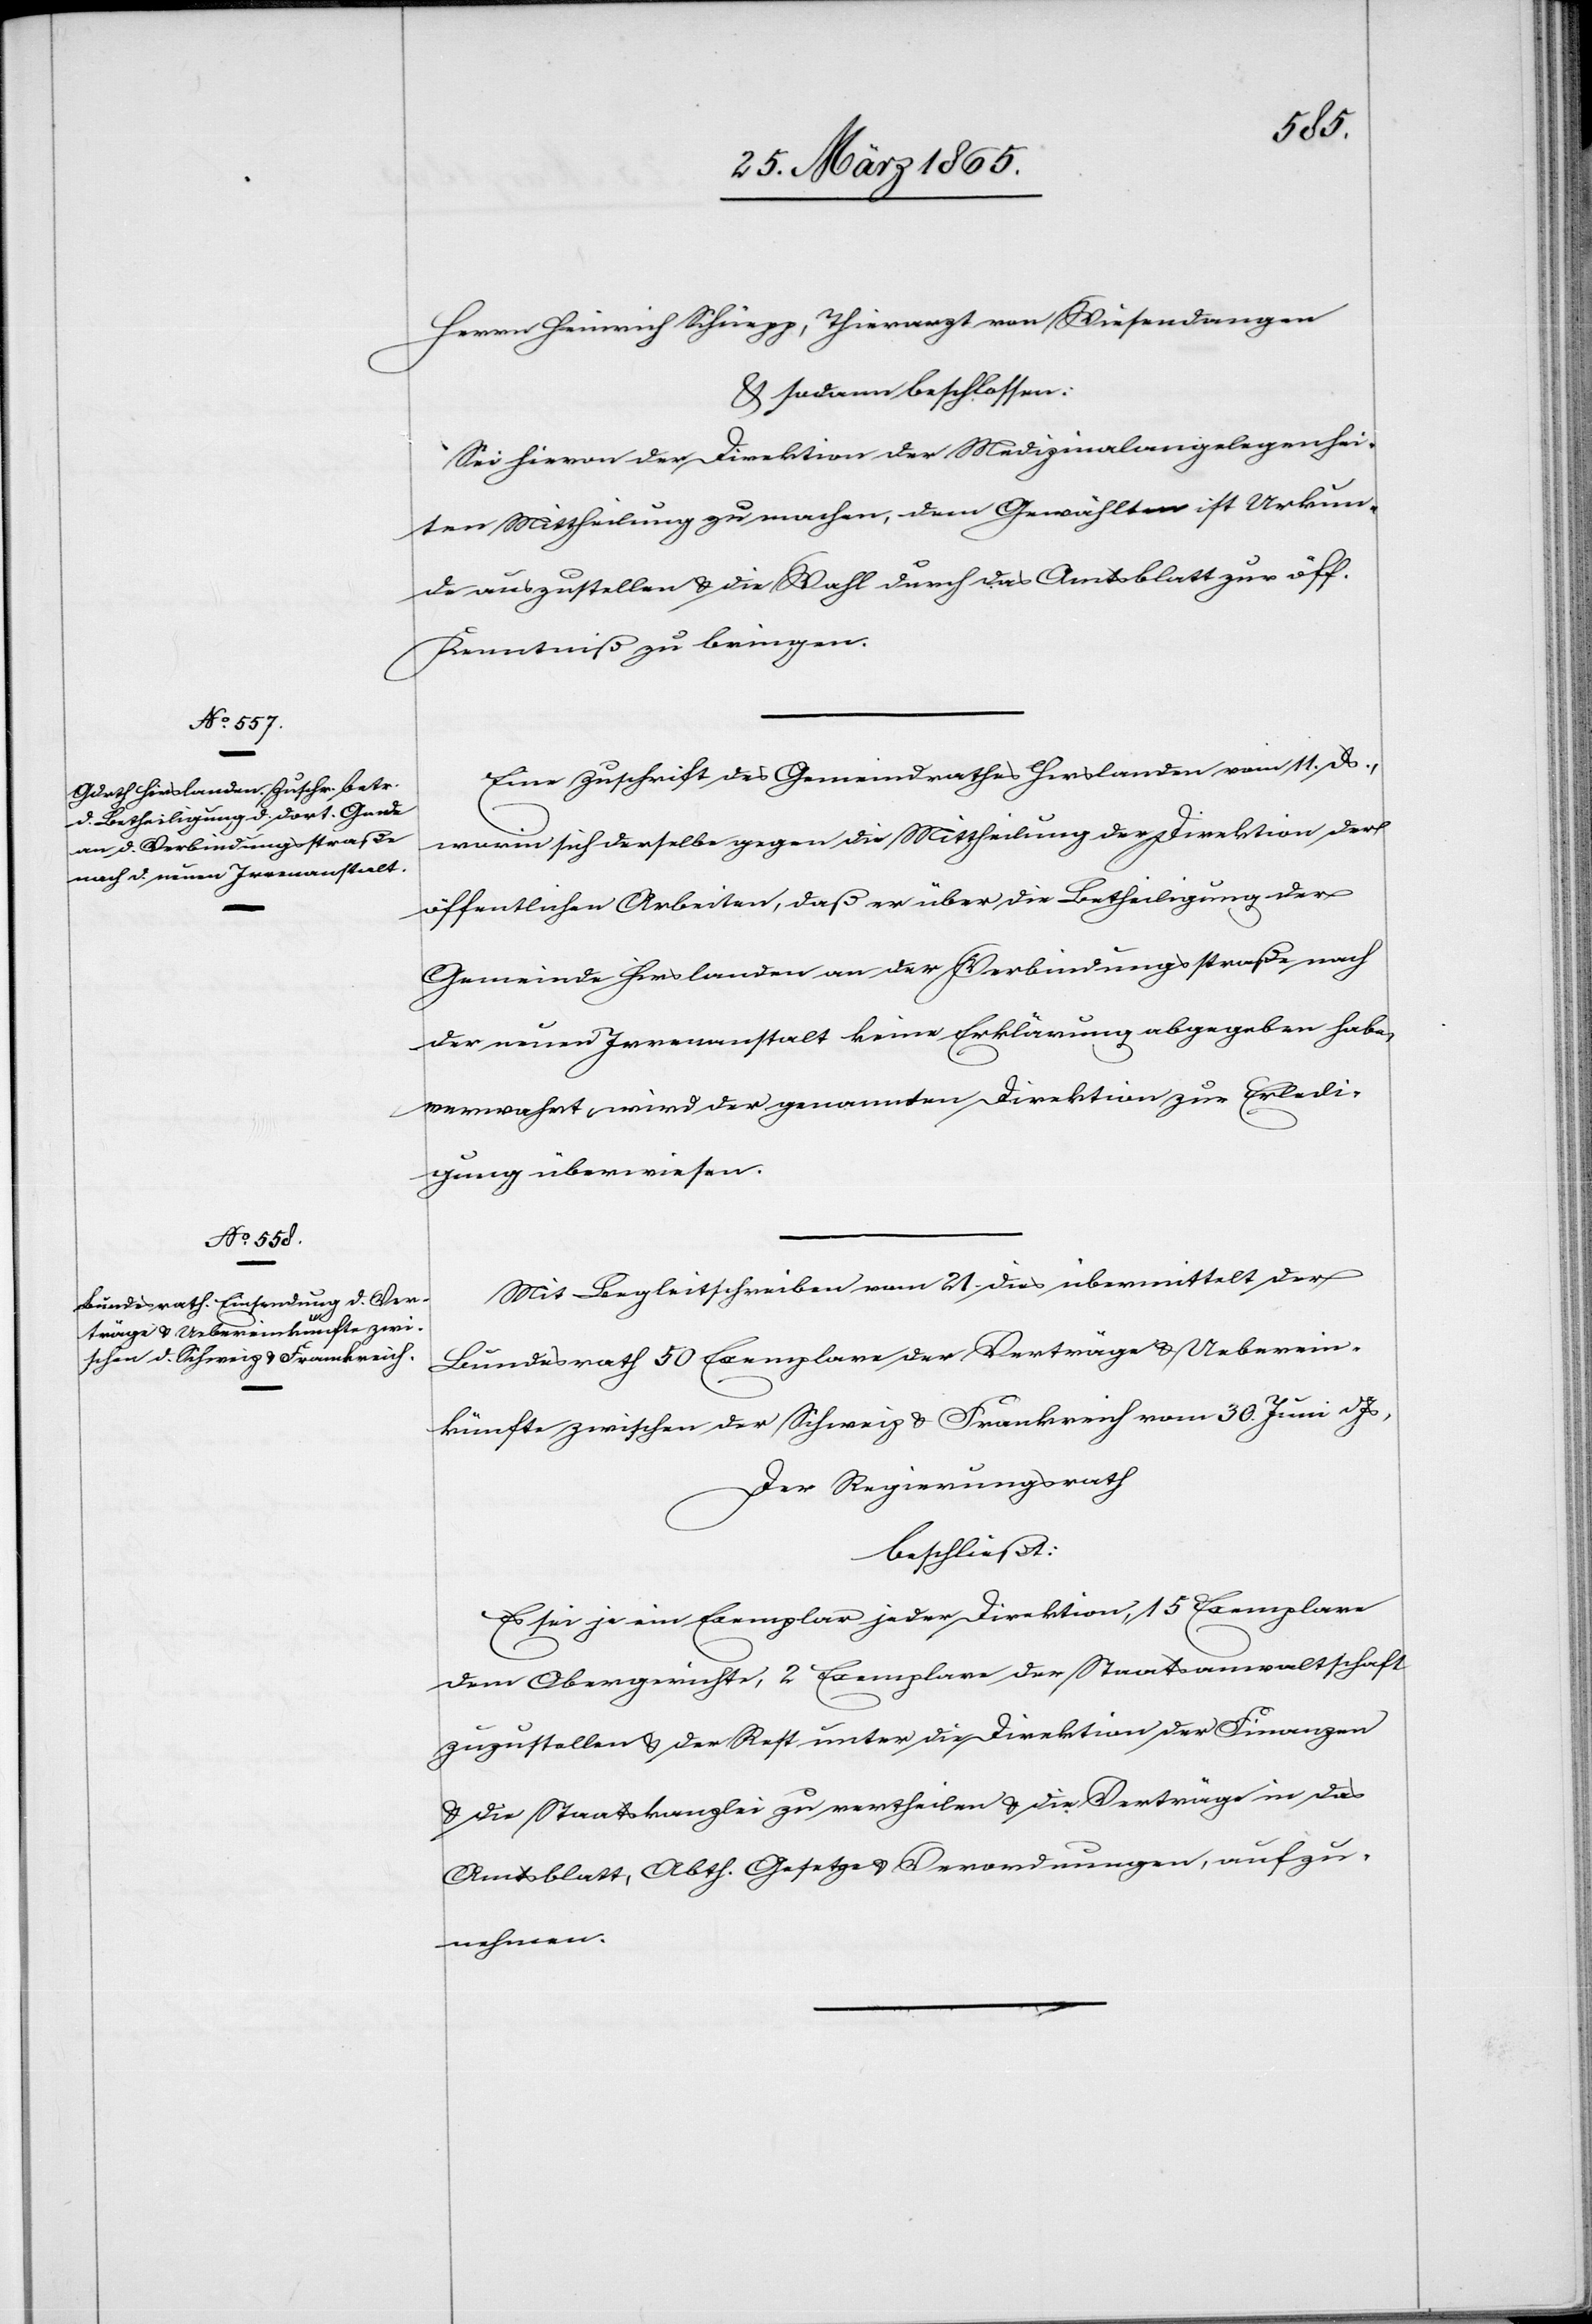
Herrn Heinrich Schüegg, Thierarzt von Wiesendangen
& sodann beschlossen:
Sei hievon der Direktion der Medizinalangelegenhei¬
ten Mittheilung zu machen, dem Gewählten ist Urkun¬
de auszustellen & die Wahl durch das Amtsblatt zur öff.
Kenntniß zu bringen.
Eine Zuschrift des Gemeindrathes Hirslanden vom 11. ds.,
worin sich derselbe gegen die Mittheilung der Direktion der
öffentlichen Arbeiten, daß er über die Betheiligung der
Gemeinde Hirslanden an der Verbindungsstraße nach
der neuen Irrenanstalt keine Erklärung abgegeben habe,
verwahrt, wird der genannten Direktion zur Erledi¬
gung überwiesen.
Mit Begleitschreiben vom 21. dies übermittelt der
Bundesrath 50 Exemplare der Verträge & Ueberein¬
künfte zwischen der Schweiz & Frankreich vom 30. Juni d Js,
Der Regierungsrath
beschließt:
Es sei je ein Exemplar jeder Direktion, 15 Exemplare
dem Obergerichte, 2 Exemplare der Staatsanwaltschaft
zuzustellen & der Rest unter die Direktion der Finanzen
& die Staatskanzlei zu vertheilen & die Verträge in das
Amtsblatt, Abth. Gesetze & Verordnungen, aufzu¬
nehmen.